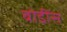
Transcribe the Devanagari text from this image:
बोडींस